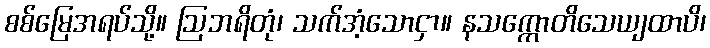
စစ်မြေအရပ်သို့။ ဩဘရိတုံ၊ သက်အံ့သောငှာ။ နသက္ကောတိသေယျထာပိ၊